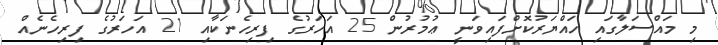
މި މައްސަލާގައި ހައްޔަރުކޮށްފަައިވަނީ ޢުމުރުން 25 އަހަރުގެ ފިރިހެނަކާއި 21 އަހަރުގެ ފިރިހެނެއް